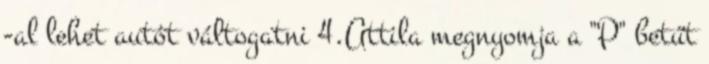
-al lehet autót váltogatni 4.Attila megnyomja a "P" betűt